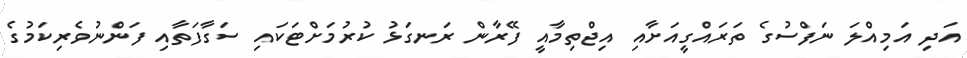
އަދި އަމިއްލަ ނަފްސުގެ ތަރައްގީއަށާއި އިޖްތިމާއީ ފޭރާން ރަނގަޅު ކުރުމަށްޓަަކައި ސަގާފަތާއި ފަންނުވެރިކަމުގެ